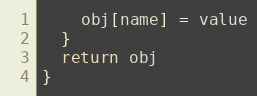
Language: JavaScript
    obj[name] = value
  }
  return obj
}